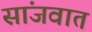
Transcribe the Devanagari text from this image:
सांजवात